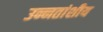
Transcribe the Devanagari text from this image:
उन्नतांशीय